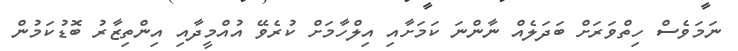
ނަމަވެސް ހިތްވަރަށް ބަދަލެއް ނާންނަ ކަމަށާއި އިލްހާމަށް ކުރެވޭ އުއްމީދާއި އިންތިޒާރު ބޮޑުކަމުން